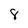
Character: 8